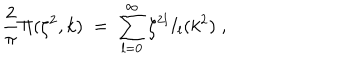
{ \frac { 2 } { \pi } } \Pi ( \zeta ^ { 2 } , k ) \; = \; \sum _ { l = 0 } ^ { \infty } \zeta ^ { 2 l } I _ { l } ( k ^ { 2 } ) \; ,